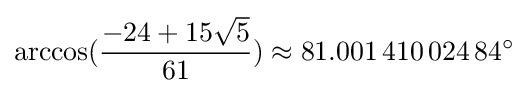
\arccos({\frac {-24+15{\sqrt {5}}}{61}})\approx 81.001\,410\,024\,84^{\circ }